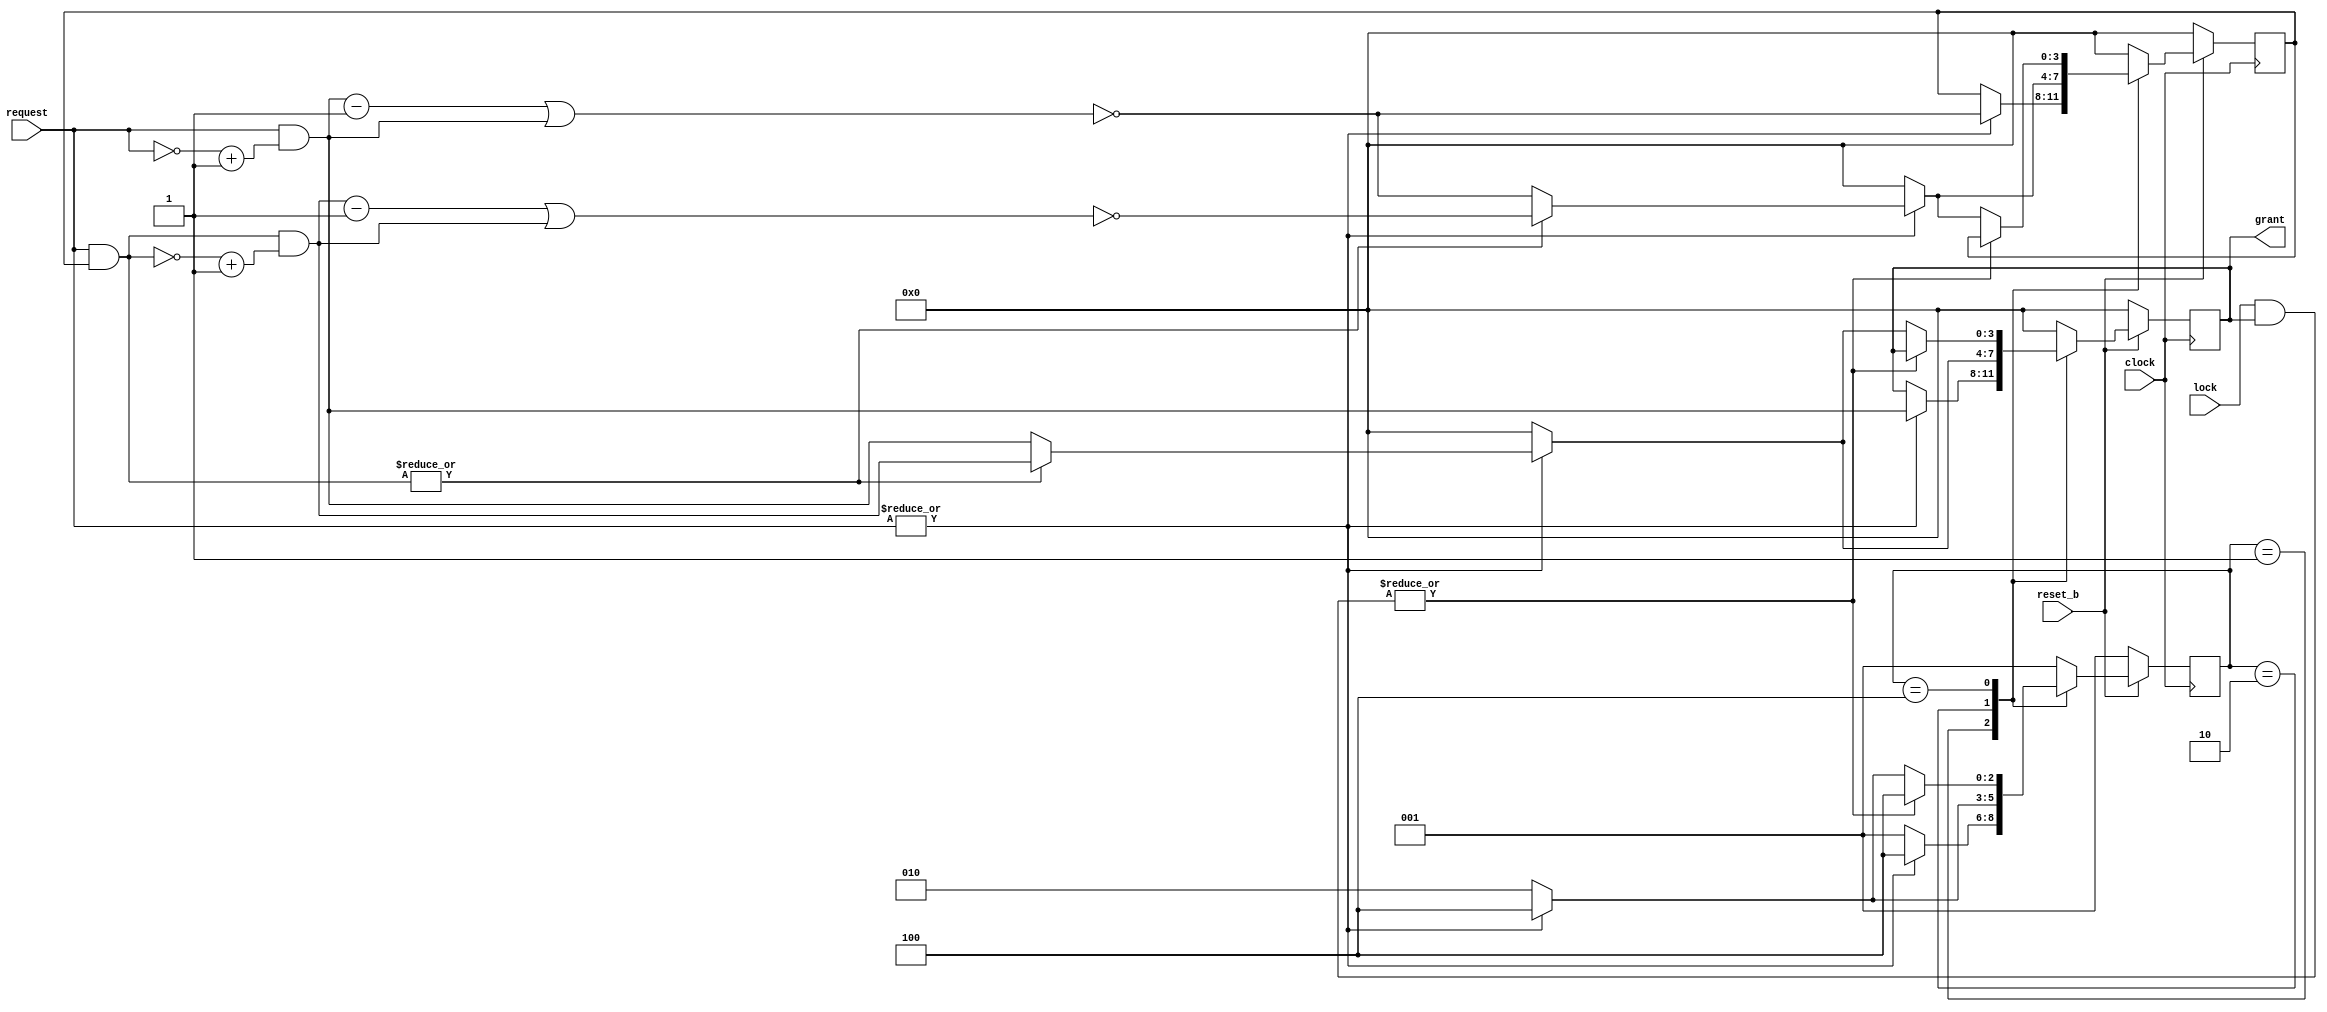
// ===================================================================================
// 
//     -1- Round Robin 
//     -2- N
//     -3- lock
//     -4-  0 1 -> 2  -> N-2 -> N-1
// ByXu Y. B.
// ===================================================================================
`timescale 1ns / 1ps
module Arbiter_RR #(
parameter   N = 4 //
)(
input               clock,
input               reset_b,
input      [N-1:0]  request,
input      [N-1:0]  lock,
output reg [N-1:0]  grant//one-hot
    );
// 
 
localparam LP_ST_IDLE           = 3'b001;// 
localparam LP_ST_WAIT_REQ_GRANT = 3'b010;// ,
localparam LP_ST_WAIT_LOCK      = 3'b100;// LOCK
 
// 
reg  [2:0]   R_STATUS;
reg  [N-1:0] R_MASK;
wire [N-1:0] W_REQ_MASKED;
 
assign W_REQ_MASKED = request & R_MASK;
 
always @ (posedge clock)
begin
  if(~reset_b)
	begin
		R_STATUS <= LP_ST_IDLE;
		R_MASK <= 0;
		grant <= 0;
	end
  else
  begin
    case(R_STATUS)
    LP_ST_IDLE:
    begin
      if(|request) //
      begin
        R_STATUS <= LP_ST_WAIT_LOCK;
        grant <= request & ((~request)+1);
        R_MASK <= ~((request & ((~request)+1))-1 | (request & ((~request)+1)));  
      end
      else
      begin
        R_STATUS <= LP_ST_IDLE;
      end
    end     
    LP_ST_WAIT_REQ_GRANT://
    begin
      if(|request)
      begin
        R_STATUS <= LP_ST_WAIT_LOCK;
        if(|(request & R_MASK))//
        begin
          grant <= W_REQ_MASKED & ((~W_REQ_MASKED)+1);
          R_MASK <= ~((W_REQ_MASKED & ((~W_REQ_MASKED)+1))-1 | (W_REQ_MASKED & ((~W_REQ_MASKED)+1)));
        end
        else
        begin
          grant <= request & ((~request)+1);
          R_MASK <= ~((request & ((~request)+1))-1 | (request & ((~request)+1)));
        end
      end
      else
      begin
        R_STATUS <= LP_ST_WAIT_REQ_GRANT;      
        grant <= 0;      
        R_MASK <= 0;      
      end
    end   
    LP_ST_WAIT_LOCK:
    begin
      if(|(lock & grant)) //    
      begin    
        R_STATUS <= LP_ST_WAIT_LOCK;    
      end    
      else if(|request) //     
      begin    
        R_STATUS <= LP_ST_WAIT_LOCK;
        if(|(request & R_MASK))//
        begin
          grant <= W_REQ_MASKED & ((~W_REQ_MASKED)+1);
          R_MASK <= ~((W_REQ_MASKED & ((~W_REQ_MASKED)+1))-1 | (W_REQ_MASKED & ((~W_REQ_MASKED)+1)));
        end
        else
        begin
          grant <= request & ((~request)+1);
          R_MASK <= ~((request & ((~request)+1))-1 | (request & ((~request)+1)));
        end    
      end
      else
      begin
        R_STATUS <= LP_ST_WAIT_REQ_GRANT;
        grant <= 0;      
        R_MASK <= 0;
      end    
    end    
    default:    
    begin
      R_STATUS <= LP_ST_IDLE;
      R_MASK <= 0;
      grant <= 0;
    end
    endcase
  end
end
endmodule